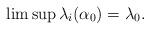
LaTeX: \begin{align*}\limsup\lambda_i(\alpha_0)=\lambda_0.\end{align*}